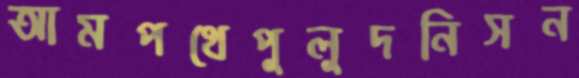
আমপথেপুলুদনিসন